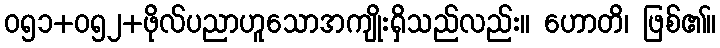
ဝ၅၁+၀၅၂+ဖိုလ်ပညာဟူသောအကျိုးရှိသည်လည်း။ ဟောတိ၊ ဖြစ်၏။